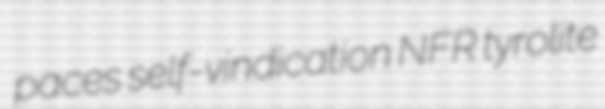
paces self-vindication NFR tyrolite